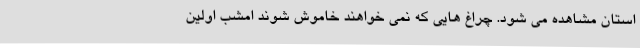
استان مشاهده می شود. چراغ هایی که نمی خواهند خاموش شوند امشب اولین